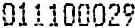
011100029